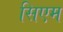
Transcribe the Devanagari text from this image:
सिएम